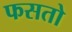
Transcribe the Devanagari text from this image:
फसतो